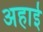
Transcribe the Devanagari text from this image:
अहाई